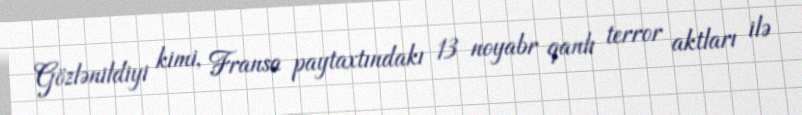
Gözlənildiyi kimi, Fransa paytaxtındakı 13 noyabr qanlı terror aktları ilə